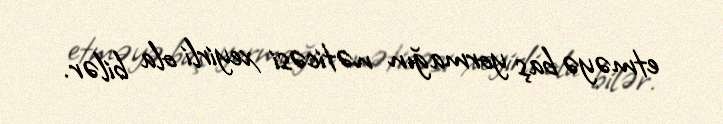
etməyə baş yormağın nəticəsi xeyirli ola bilər.